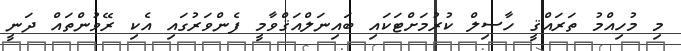
މި މުހިއްމު ތަރައްޤީ ހާސިލް ކުރުމަށްޓަކައި ބައިނަލްއަޤްވާމީ ފެންވަރުގައި އެކި ރޭވުންތައް ދަނީ